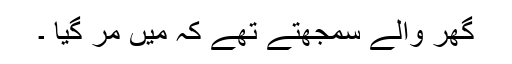
گھر والے سمجھتے تھے کہ میں مَر گیا ۔